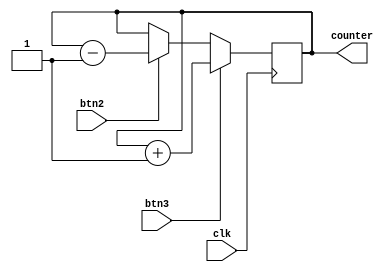
module BTN_counter (
    input clk,
    input btn2,
    input btn3,
    output reg [2:0]counter = 0
    );

    always @(posedge clk)
    begin
        counter <= btn3 ? counter + 1 : btn2 ? counter - 1 : counter;
    end

endmodule